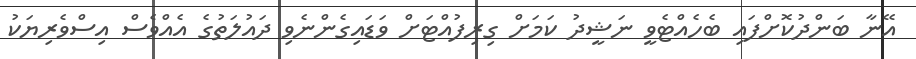
އޭނާ ބަންދުކޮށްފައި ބެހެއްޓެވީ ނަޝީދު ކަމަށް ގިރިފުއްޓަށް ވަޑައިގެންނެވި ދައުލަތުގެ އެއްވެސް އިސްވެރިޔަކު